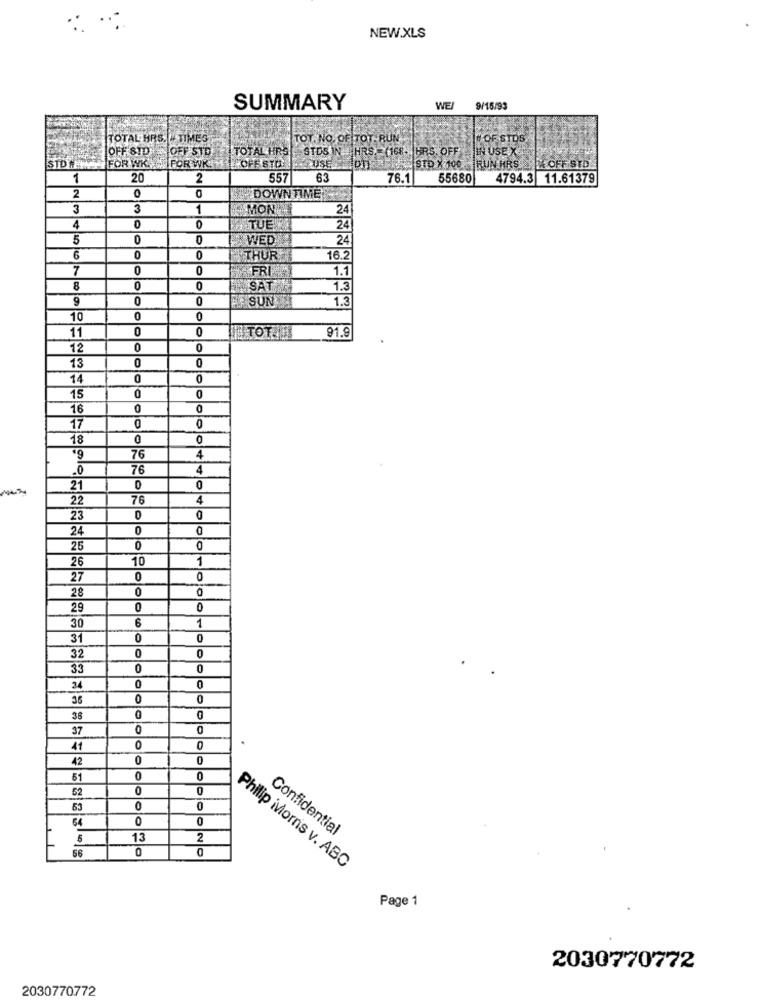
NEW.XLS
SUMMARY
WEL
9/15/93
TOTAL HRS. TIMES
TOT. NO. OF TOT. RUN
# OF STDS
OFF SID
OFF STD
TOTAL HRS
STOS IN HRS .- (168. |HRS. OFF
IN USE X
FOR WK ..
FOR WK.
TUSE
NA STR X 100 -RUN HRS X OFF STD
1
20
2
557
63
76.1
55680 4794.3 11.61379
0
2
0
DOWNTIME
3
3
1
MON
24
0
4
0
TUE!
24
5
0
0
WED
24
6
0
THUR
16.2
7
0
0
FRI
1.1
8
0
0
SAT
1.3
9
0
0
SUN
1.3
10
0
0
11
0
0
I TOT
91.9
12
0
0
0
0
13
14
0
0
0
15
0
16
0
17
0
18
0
O
76
·9
4
.0
76
4
21
0
22
76
4
23
0
24
0
25
0
10
1
26
27
0
0
0
28
0
29
0
0
6
1
30
31
0
0
0
32
33
0
0
0
34
0
36
0
0
38
0
37
0
0
11
0
42
0
0
51
0
0
52
0
0
64
0
0
13
2
Confidential
56
0
Philip iviornis v. ABC
Page 1
2030770772
2030770772